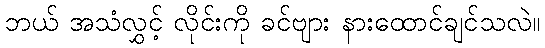
ဘယ် အသံလွှင့် လိုင်းကို ခင်ဗျား နားထောင်ချင်သလဲ။